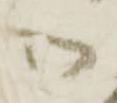
御